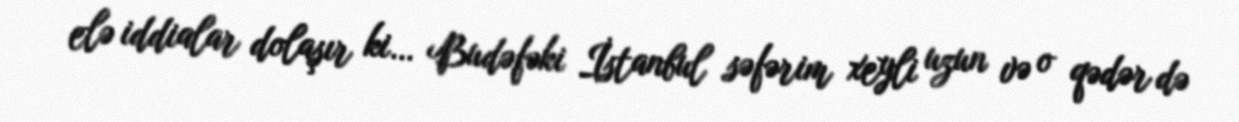
elə iddialar dolaşır ki… Budəfəki İstanbul səfərim xeyli uzun və o qədər də